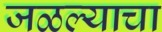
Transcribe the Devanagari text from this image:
जळल्याचा